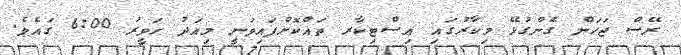
ރޭސް ޖަހަން ގެންގުޅޭ މިކާރުގައި އިސްޓިކާރ ތައްކޮށްފައިވަނީ މިއަދު ހަވީރު 6:00 ގައެވެ.